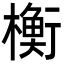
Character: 𬄴